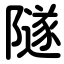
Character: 隧